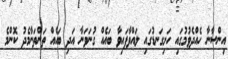
އިންސާނާ ހެއްދެވުމުގައި ހަށިގަނޑުގައި ލައްވާފައިވާ ބައެއް ގުނަވަނާ އަދި ބައެއް ތަންތަނާމެދު ކޮންމެ